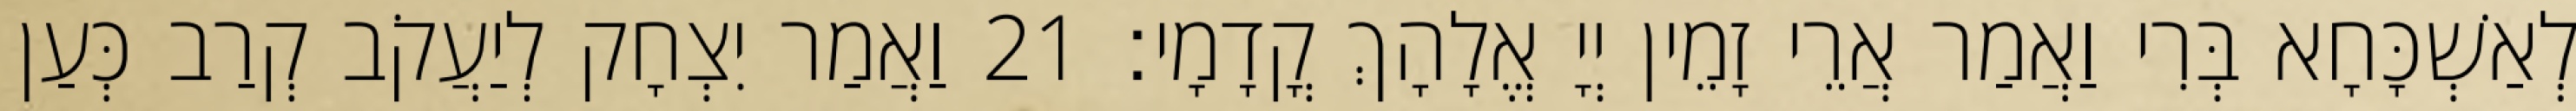
לְאַשְׁכָּחָא בְּרִי וַאֲמַר אֲרֵי זָמֵין יְיָ אֱלָהָךְ קֳדָמָי׃ 21 וַאֲמַר יִצְחָק לְיַעֲקֹב קְרַב כְּעַן